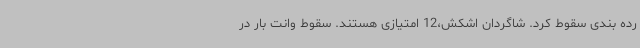
رده بندی سقوط کرد. شاگردان اشکش،12 امتیازی هستند. سقوط وانت بار در